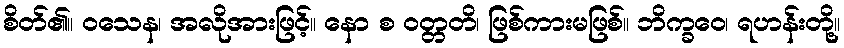
စိတ်၏။ ဝသေန၊ အလိုအားဖြင့်။ နော စ ဝတ္တတိ၊ ဖြစ်ကားမဖြစ်။ ဘိက္ခဝေ၊ ရဟန်းတို့။